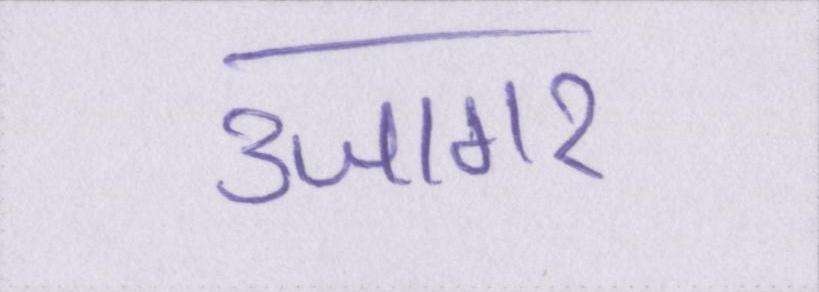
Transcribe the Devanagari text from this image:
उजागर